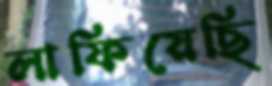
লাফিয়েছি